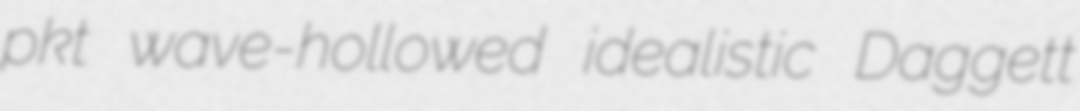
pkt wave-hollowed idealistic Daggett